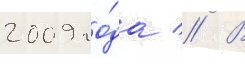
2009 го́да // В